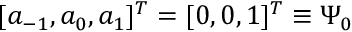
[ a _ { - 1 } , a _ { 0 } , a _ { 1 } ] ^ { T } = [ 0 , 0 , 1 ] ^ { T } \equiv \Psi _ { 0 }